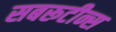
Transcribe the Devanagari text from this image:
सबरूटीन्स